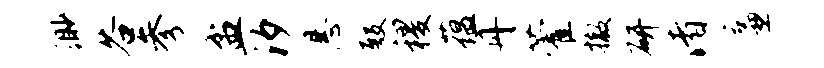
渺谷参盆汐悬殿稷蕴丹藿撤研渚廉